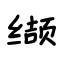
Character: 缬